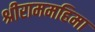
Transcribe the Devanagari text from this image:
श्रीराममहिमा